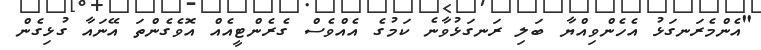
"އެންމެރަނގަޅު އެހެންވިއްޔާ ބަލި ރަނގަޅުވާނެ ކަމުގެ އެއްވެސް ގެރެންޓީއެއް އޮވެގެންތަ އޭނައާ ގުޅިގެން